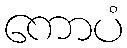
ကောပံ